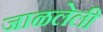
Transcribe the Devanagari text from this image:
जाळलेली